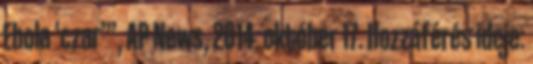
Ebola ‘czar’”, AP News, 2014. október 17. Hozzáférés ideje: